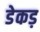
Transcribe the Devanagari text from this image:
डेकड़